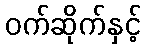
ဝက်ဆိုက်နှင့်